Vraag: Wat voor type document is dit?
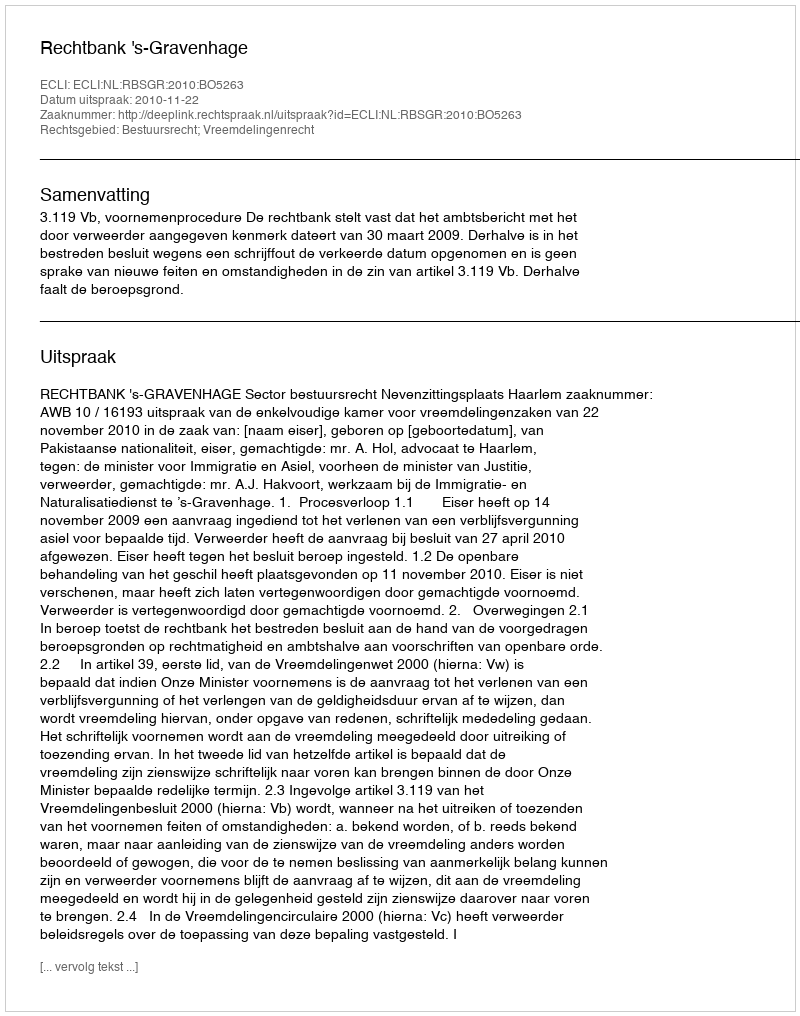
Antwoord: Uitspraak